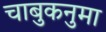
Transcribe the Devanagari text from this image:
चाबुकनुमा